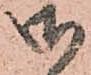
御